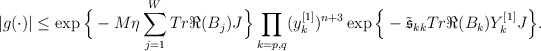
\begin{align*}|g(\cdot)|&\leq \exp\Big{\{} -M\eta\sum_{j=1}^W Tr \Re(B_j)J\Big{\}}\prod_{k=p,q} (y_k^{[1]})^{n+3}\exp\Big{\{}-\tilde{\mathfrak{s}}_{kk} Tr \Re(B_k)Y_k^{[1]}J\Big{\}}. \end{align*}